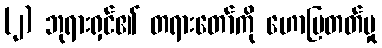
(၂) ဘုရားရှင်၏ တရားတော်ကို ဟောပြတတ်မှု